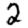
Digit: 2